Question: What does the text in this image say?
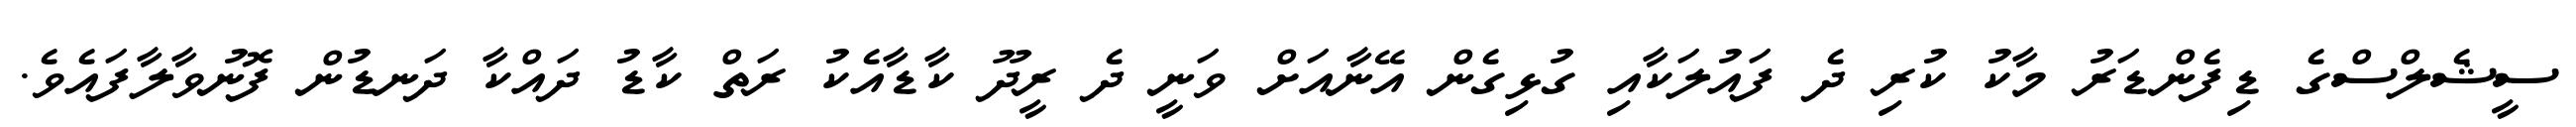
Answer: ސީޝެލްސްގެ ޑިފެންޑަރު މާކު ކުރި ދެ ފައުލަކާއި ގުޅިގެން އޭނާއަށް ވަނީ ދެ ރީދޫ ކާޑާއެކު ރަތް ކާޑު ދައްކާ ދަނޑުން ފޮނުވާލާފައެވެ.